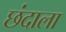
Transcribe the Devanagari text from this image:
छंदाला